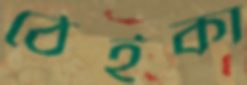
ঠেইকা